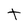
Character: t